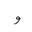
Letter: _waw